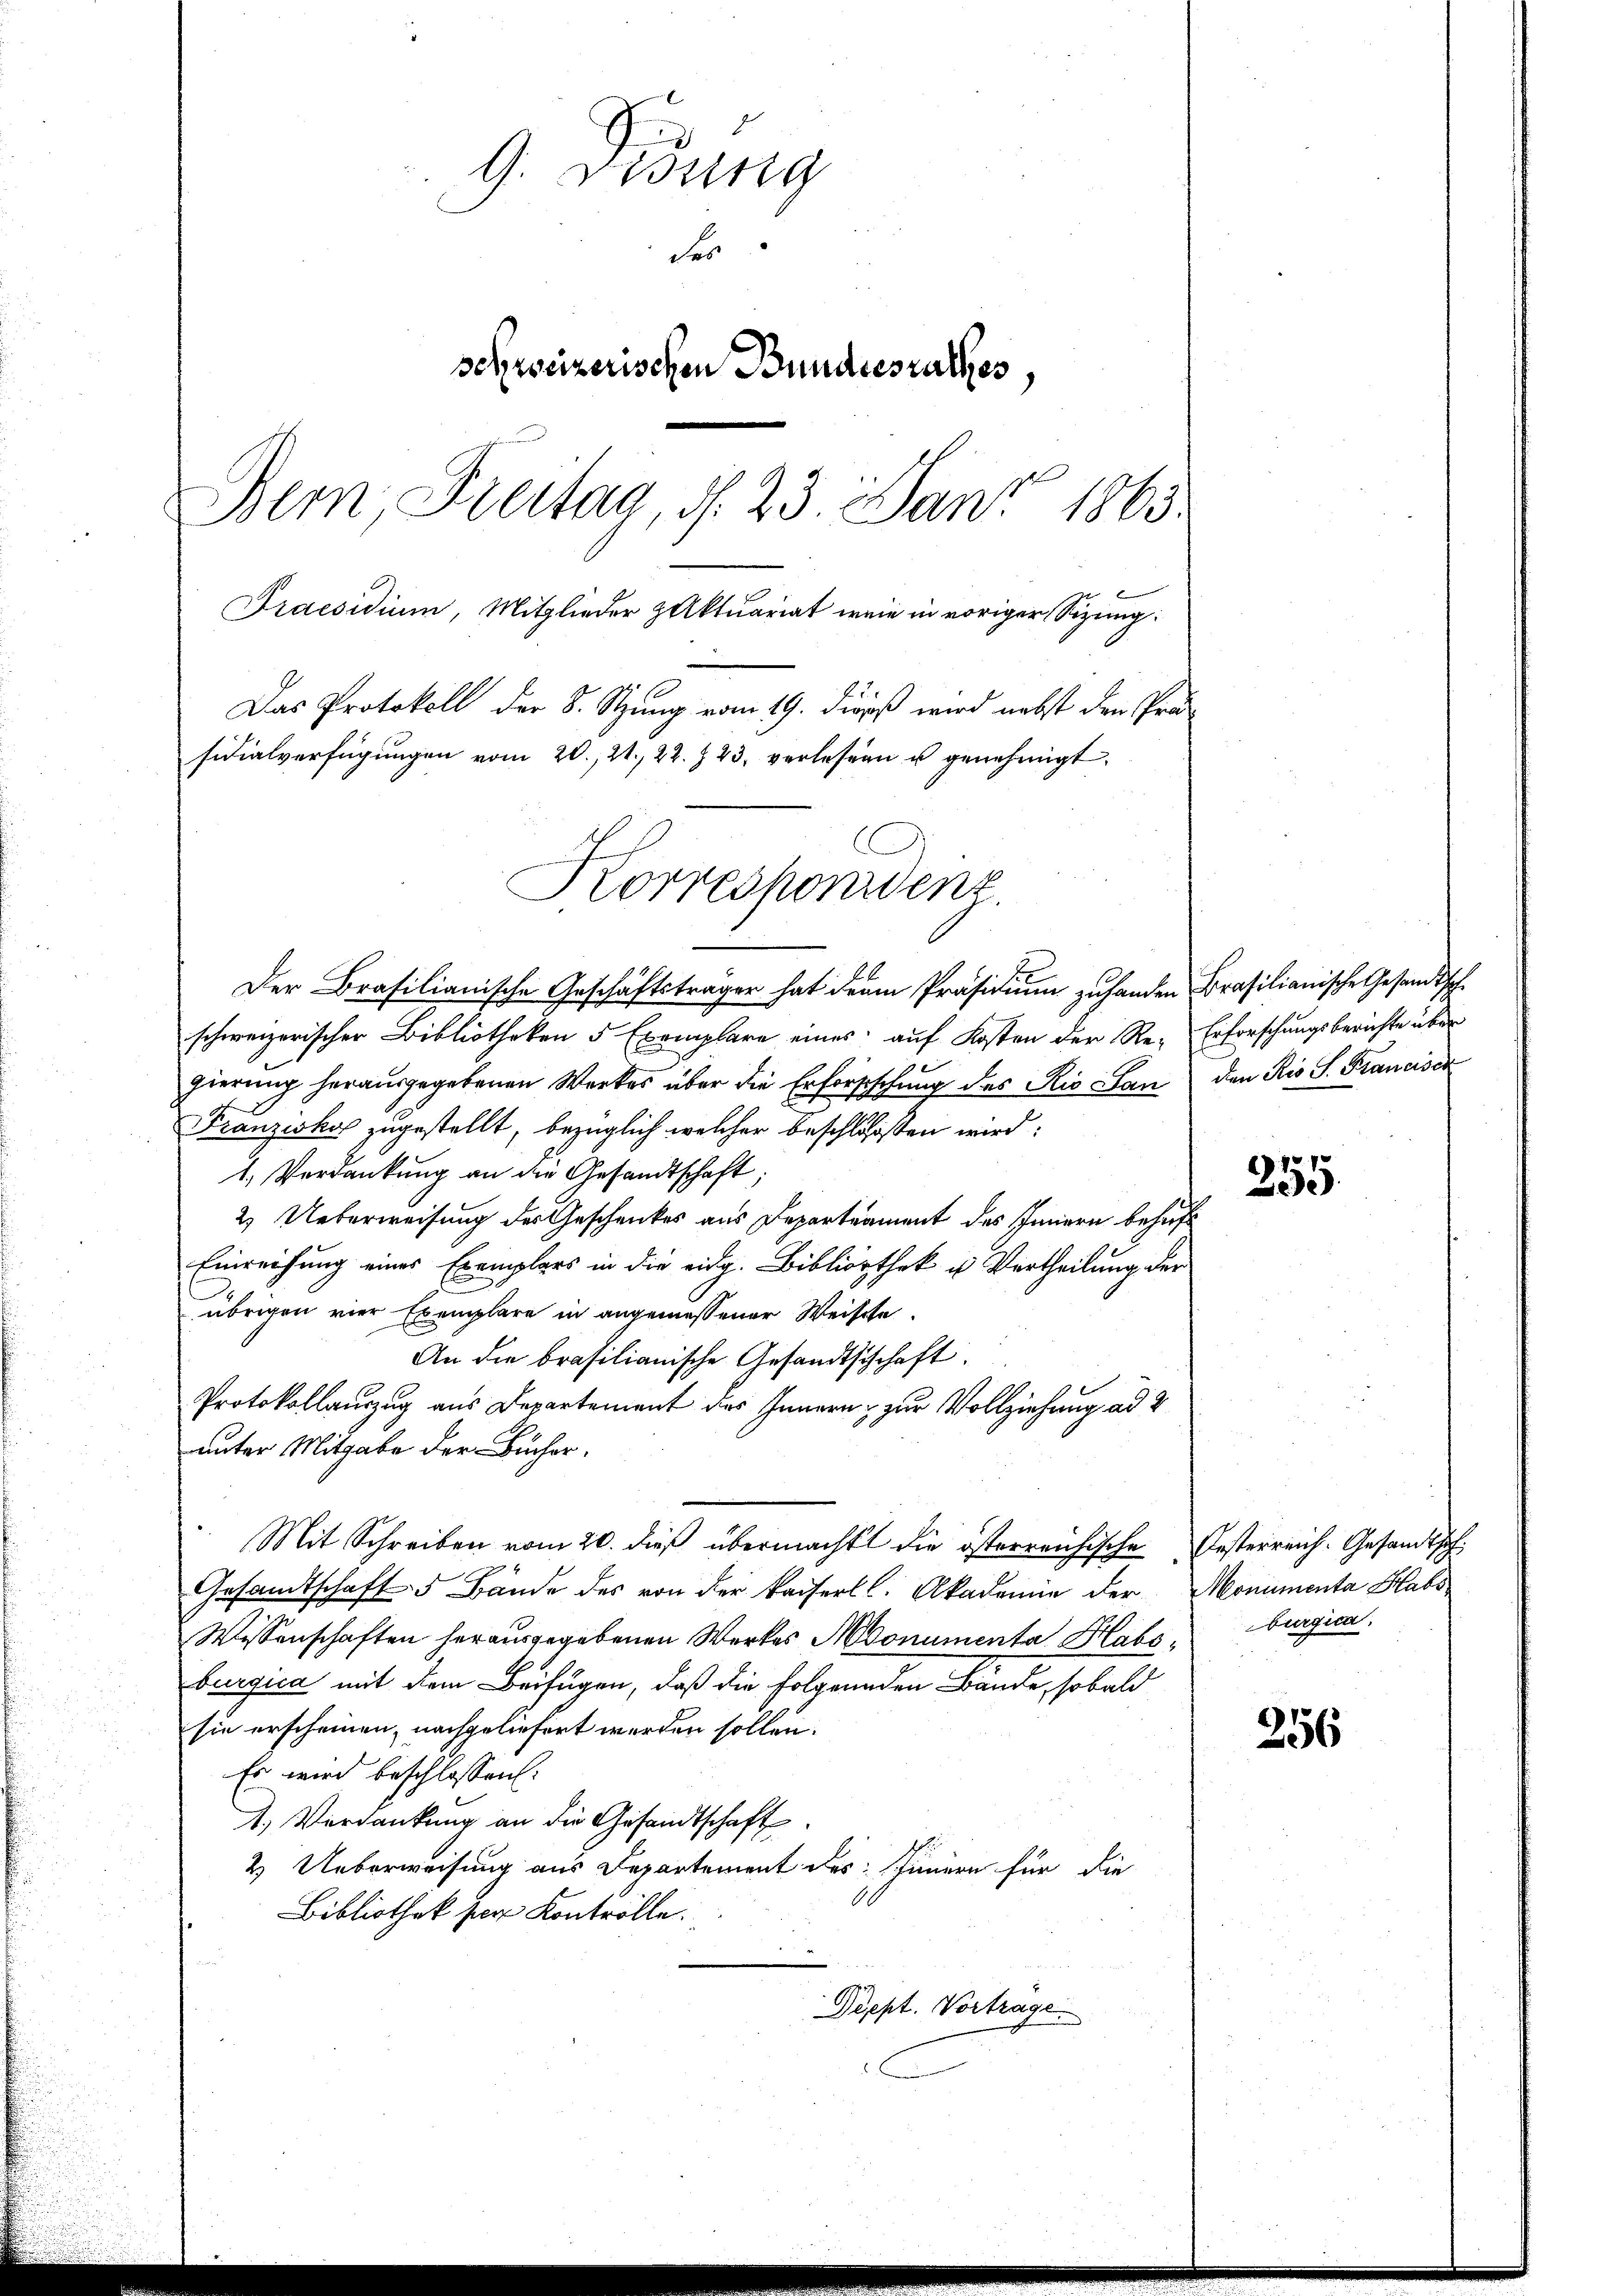
2
G. Bisung
der
schweizerischen Bundesrathes,
Bern, Freitag, d. 23 Janz 1863.
Praesidium, Mitglieder Aktuariat wie in voriger Sitzung:
Das Protokoll der 8. Stzung vom 19. dieß wird nebst den Präsidialverfügungen vom 20. 21. 22. 23, verlesen u genehmigt.

Der Brasilianische Geschäftsträger hat der Präsidiŭm zŭ handen Brasilianische Gesandtsch
schweizerischer Bibliotheken 5 Exemplare eines auf Kosten der Re- Erforschungsberichte über
gierung herausgegebenen Werkes über die Erforsschung des Rio San den Ris S. Franciscr
Franziska zugestellt, bezüglich welcher beschlossen wird:
1. Verdankung an die Gesandtschaft;
2) Ueberweisung des Geschenkes aus Departeament des Innern behuf
Einreichung eines Exemplars in die eidg. Bibliothek u. Vertheilung der
übrigen vier Exemplare in angemessener Weische
An die brasilianische Gesandtschchaft.
Protokollauszug aus Departement des Innern zur Vollziehung ad 2
unter Mitgabe der Bücher,
Mit Schreiben vom 20. dieß übermacht die österreichische Oesterreich. Gesandtsch
Gesandtschaft 5 Hände des von der kaiserll. Akademie der Monumenta Habs¬
Wessenschaften herausgegebenen Werkes Monumenta Habsburgica,
burgica mit dem Beifügen, daß die folgenden Bande, sobald
sie erscheinen, nachgeliefert werden sollen.
Es wird beschlossen:
1.) Verdankung an die Gesandtschaft
2. Ueberweisung aus Departement des Innern für die
.
Bibliothek ser Kontrolle.
Dippt. Vortrage.

Korrespondenz.

255.

256